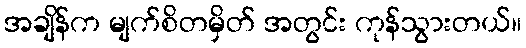
အချိန်က မျက်စိတမှိတ် အတွင်း ကုန်သွားတယ်။